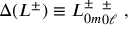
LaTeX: \Delta ( L ^ { \pm } ) \equiv L _ { 0 m } ^ { \pm } \L _ { 0 \ell } ^ { \pm } \ ,